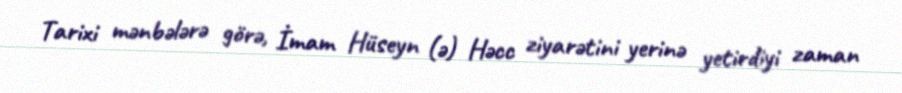
Tarixi mənbələrə görə, İmam Hüseyn (ə) Həcc ziyarətini yerinə yetirdiyi zaman